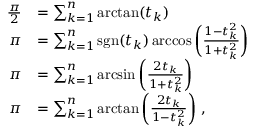
{ \begin{array} { r l } { { \frac { \pi } { 2 } } } & { = \sum _ { k = 1 } ^ { n } \arctan ( t _ { k } ) } \\ { \pi } & { = \sum _ { k = 1 } ^ { n } \operatorname { s g n } ( t _ { k } ) \operatorname { a r c c o s } \left( { \frac { 1 - t _ { k } ^ { 2 } } { 1 + t _ { k } ^ { 2 } } } \right) } \\ { \pi } & { = \sum _ { k = 1 } ^ { n } \arcsin \left( { \frac { 2 t _ { k } } { 1 + t _ { k } ^ { 2 } } } \right) } \\ { \pi } & { = \sum _ { k = 1 } ^ { n } \arctan \left( { \frac { 2 t _ { k } } { 1 - t _ { k } ^ { 2 } } } \right) \, , } \end{array} }